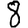
Digit: 8